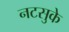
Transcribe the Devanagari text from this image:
नटसुके